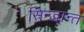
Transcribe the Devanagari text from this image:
सिन्द्धान्त